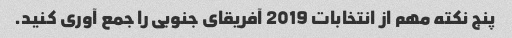
پنج نکته مهم از انتخابات 2019 آفریقای جنوبی را جمع آوری کنید.